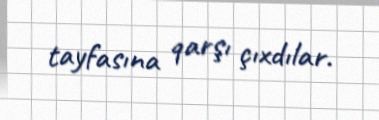
tayfasına qarşı çıxdılar.